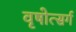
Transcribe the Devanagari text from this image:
वृषोत्सर्ग